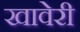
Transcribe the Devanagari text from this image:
खावेरी